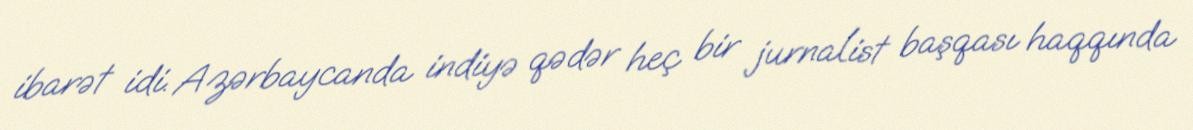
ibarət idi. Azərbaycanda indiyə qədər heç bir jurnalist başqası haqqında